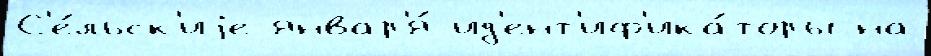
С'е́льск'иjе январ'я́ ид'ент'иф'ика́торы на